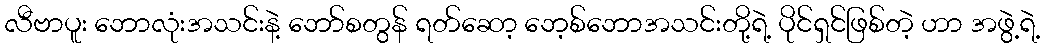
လီဗာပူး ဘောလုံးအသင်းနဲ့ ဘော်စတွန် ရတ်ဆော့ ဘေ့စ်ဘောအသင်းတို့ရဲ့ ပိုင်ရှင်ဖြစ်တဲ့ ဟာ အဖွဲ့ရဲ့